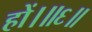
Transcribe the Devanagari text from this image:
हों।॥६॥